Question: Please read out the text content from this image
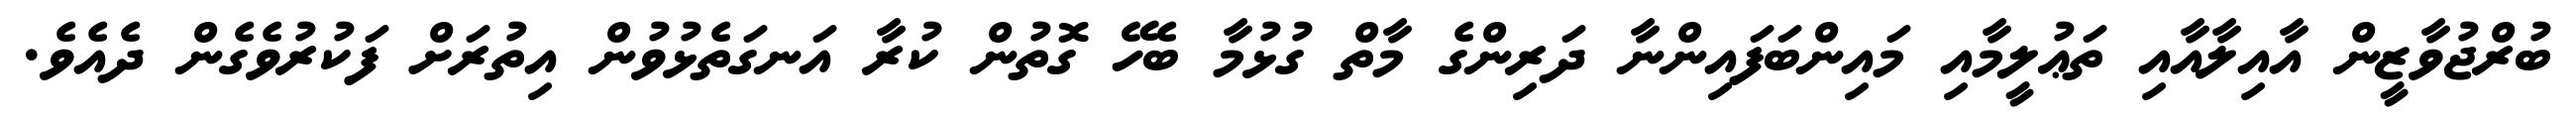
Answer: ބުރްޖުވާޒީން އާއިލާއާއި ތަޢުލީމާއި މައިންބަފައިންނާ ދަރިންގެ މާތް ގުޅުމާ ބެހޭ ގޮތުން ކުރާ އަނގަތެޅުވުން އިތުރަށް ފަކުރުވެގެން ދެއެވެ.